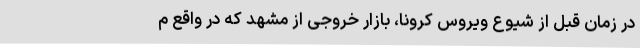
در زمان قبل از شیوع ویروس کرونا، بازار خروجی از مشهد که در واقع م